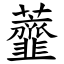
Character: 虀